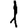
Digit: 1